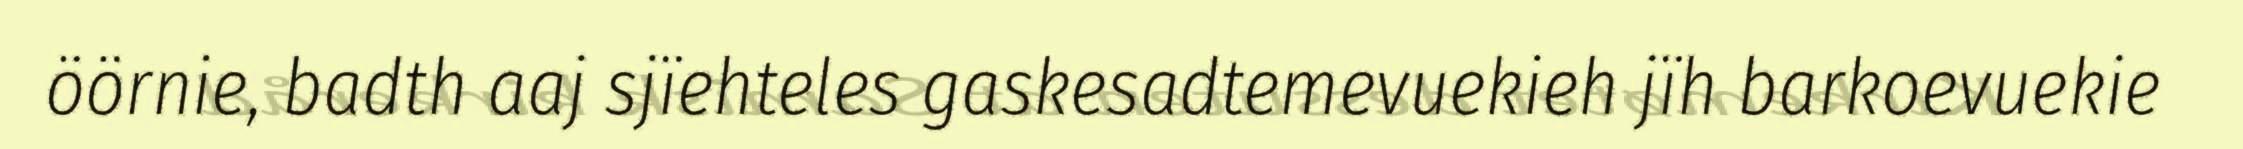
öörnie, badth aaj sjïehteles gaskesadtemevuekieh jïh barkoevuekie